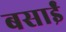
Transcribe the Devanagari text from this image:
बसाईं